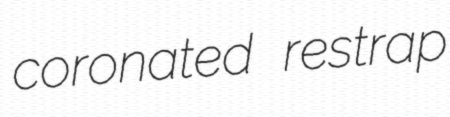
coronated restrap